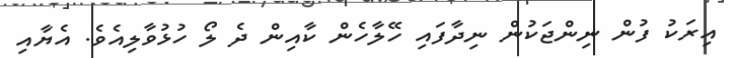
އިރަކު ފުން ނިންޖަކުން ނިދާފައި ހޭލާހެން ކާއިން ދެ ލޯ ހުޅުވާލިއެވެ. އެޔާއި